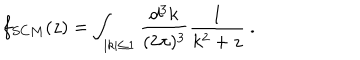
f _ { S C M } ( z ) = \int _ { | k | \leq 1 } { \frac { d ^ { 3 } k } { ( 2 \pi ) ^ { 3 } } } { \frac { 1 } { k ^ { 2 } + z } } \ .